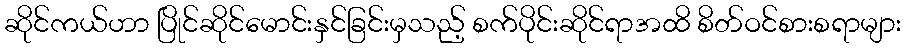
ဆိုင်ကယ်ဟာ ပြိုင်ဆိုင်မောင်းနှင်ခြင်းမှသည့် စက်ပိုင်းဆိုင်ရာအထိ စိတ်ဝင်စားစရာများ